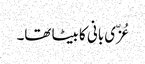
عُزّی بانی کا بیٹا تھا۔